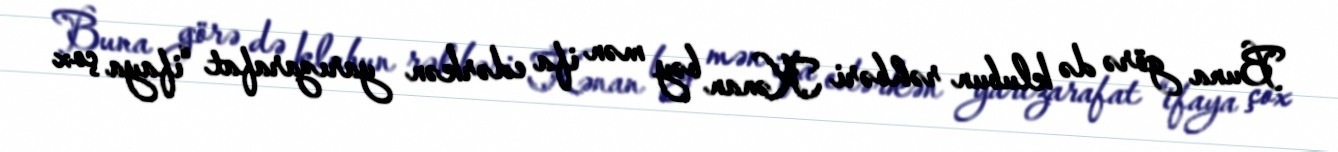
Buna görə də klubun rəhbəri Kənan bəy mən ifa edərkən yarızarafat “ifaya çox